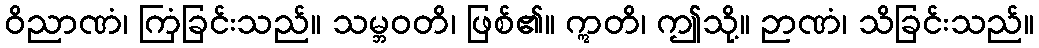
ဝိညာဏံ၊ ကြံခြင်းသည်။ သမ္ဘဝတိ၊ ဖြစ်၏။ ဣတိ၊ ဤသို့။ ဉာဏံ၊ သိခြင်းသည်။